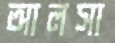
আলসা